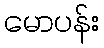
မောပန်း